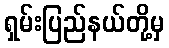
ရှမ်းပြည်နယ်တို့မှ